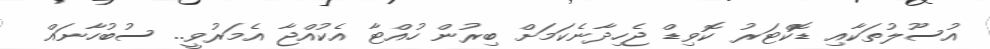
އުސޫލުތަކާއި ޑޮކްޓަރު ކޮވިޑް ޖެހިދާނެކަމަށް ބިރުން ހުއްޓާ އެކުއްޖާ އެމަރުވީ.. ސުބުހާނައް